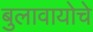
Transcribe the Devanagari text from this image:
बुलावायोचे